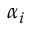
\alpha _ { i }